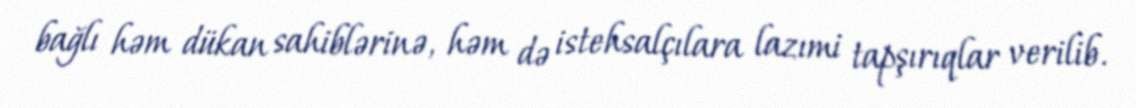
bağlı həm dükan sahiblərinə, həm də istehsalçılara lazımi tapşırıqlar verilib.